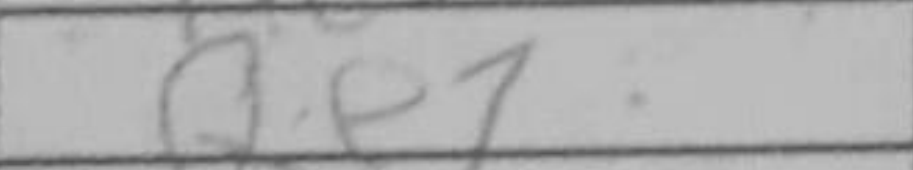
Transcription: Qe7